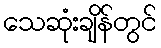
သေဆုံးချိန်တွင်